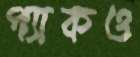
প্যাকও